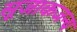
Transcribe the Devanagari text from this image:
सूजाकजन्य